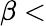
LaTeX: \beta<